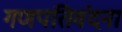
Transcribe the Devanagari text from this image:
गणपतिवंदना